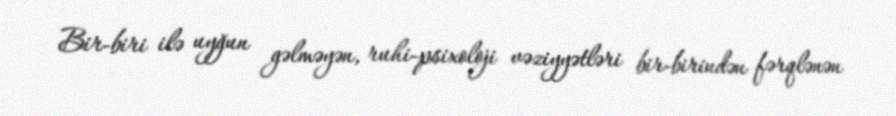
Bir-biri ilə uyğun gəlməyən, ruhi-psixoloji vəziyyətləri bir-birindən fərqlənən